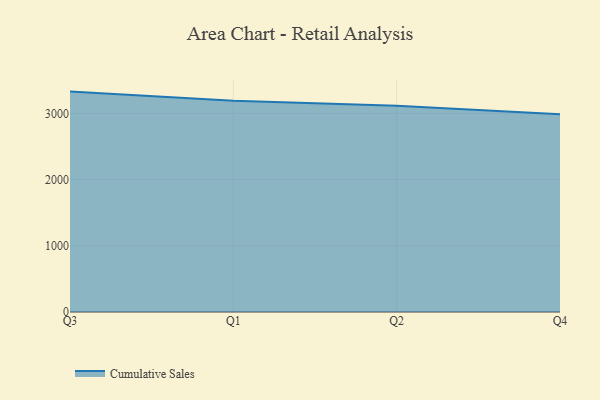
{"axis": {"x": "Quarter", "y": "Production Output"}, "legend": ["Cumulative Sales"], "data": [{"x": "Q3", "y": 3327.7, "type": "Cumulative Sales"}, {"x": "Q1", "y": 3190.4, "type": "Cumulative Sales"}, {"x": "Q2", "y": 3113.0, "type": "Cumulative Sales"}, {"x": "Q4", "y": 2984.4, "type": "Cumulative Sales"}]}